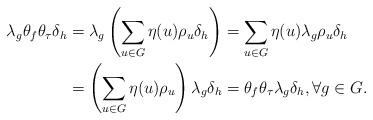
LaTeX: \begin{align*}\lambda_g \theta_f \theta_\tau \delta_h&=\lambda_g\left(\sum_{u \in G}\eta(u) \rho_u \delta_h\right)=\sum_{u \in G}\eta(u) \lambda_g\rho_u\delta_h\\&=\left(\sum_{u \in G}\eta(u) \rho_u\right) \lambda_g\delta_h =\theta_f \theta_\tau\lambda_g \delta_h, \forall g \in G.\end{align*}